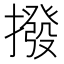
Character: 撥